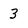
Character: 3